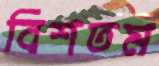
বিশতম